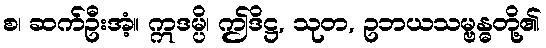
စ၊ ဆက်ဦးအံ့။ ဣဒမ္ပိ၊ ဤဒိဋ္ဌ, သုတ, ဥဘယသမ္ဗန္ဓတို့၏